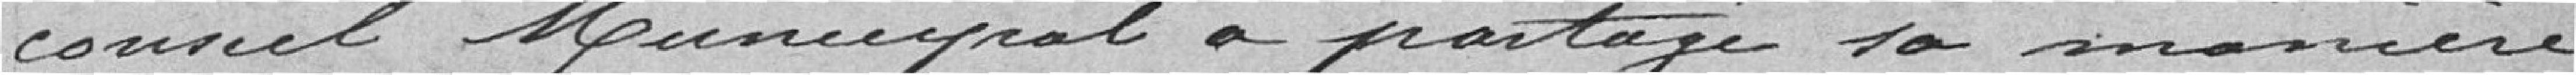
conseil municipal a partagé sa manière